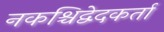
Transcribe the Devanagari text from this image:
नकश्चिद्वेदकर्ता